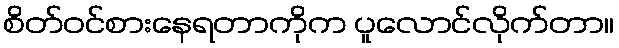
စိတ်ဝင်စားနေရတာကိုက ပူလောင်လိုက်တာ။